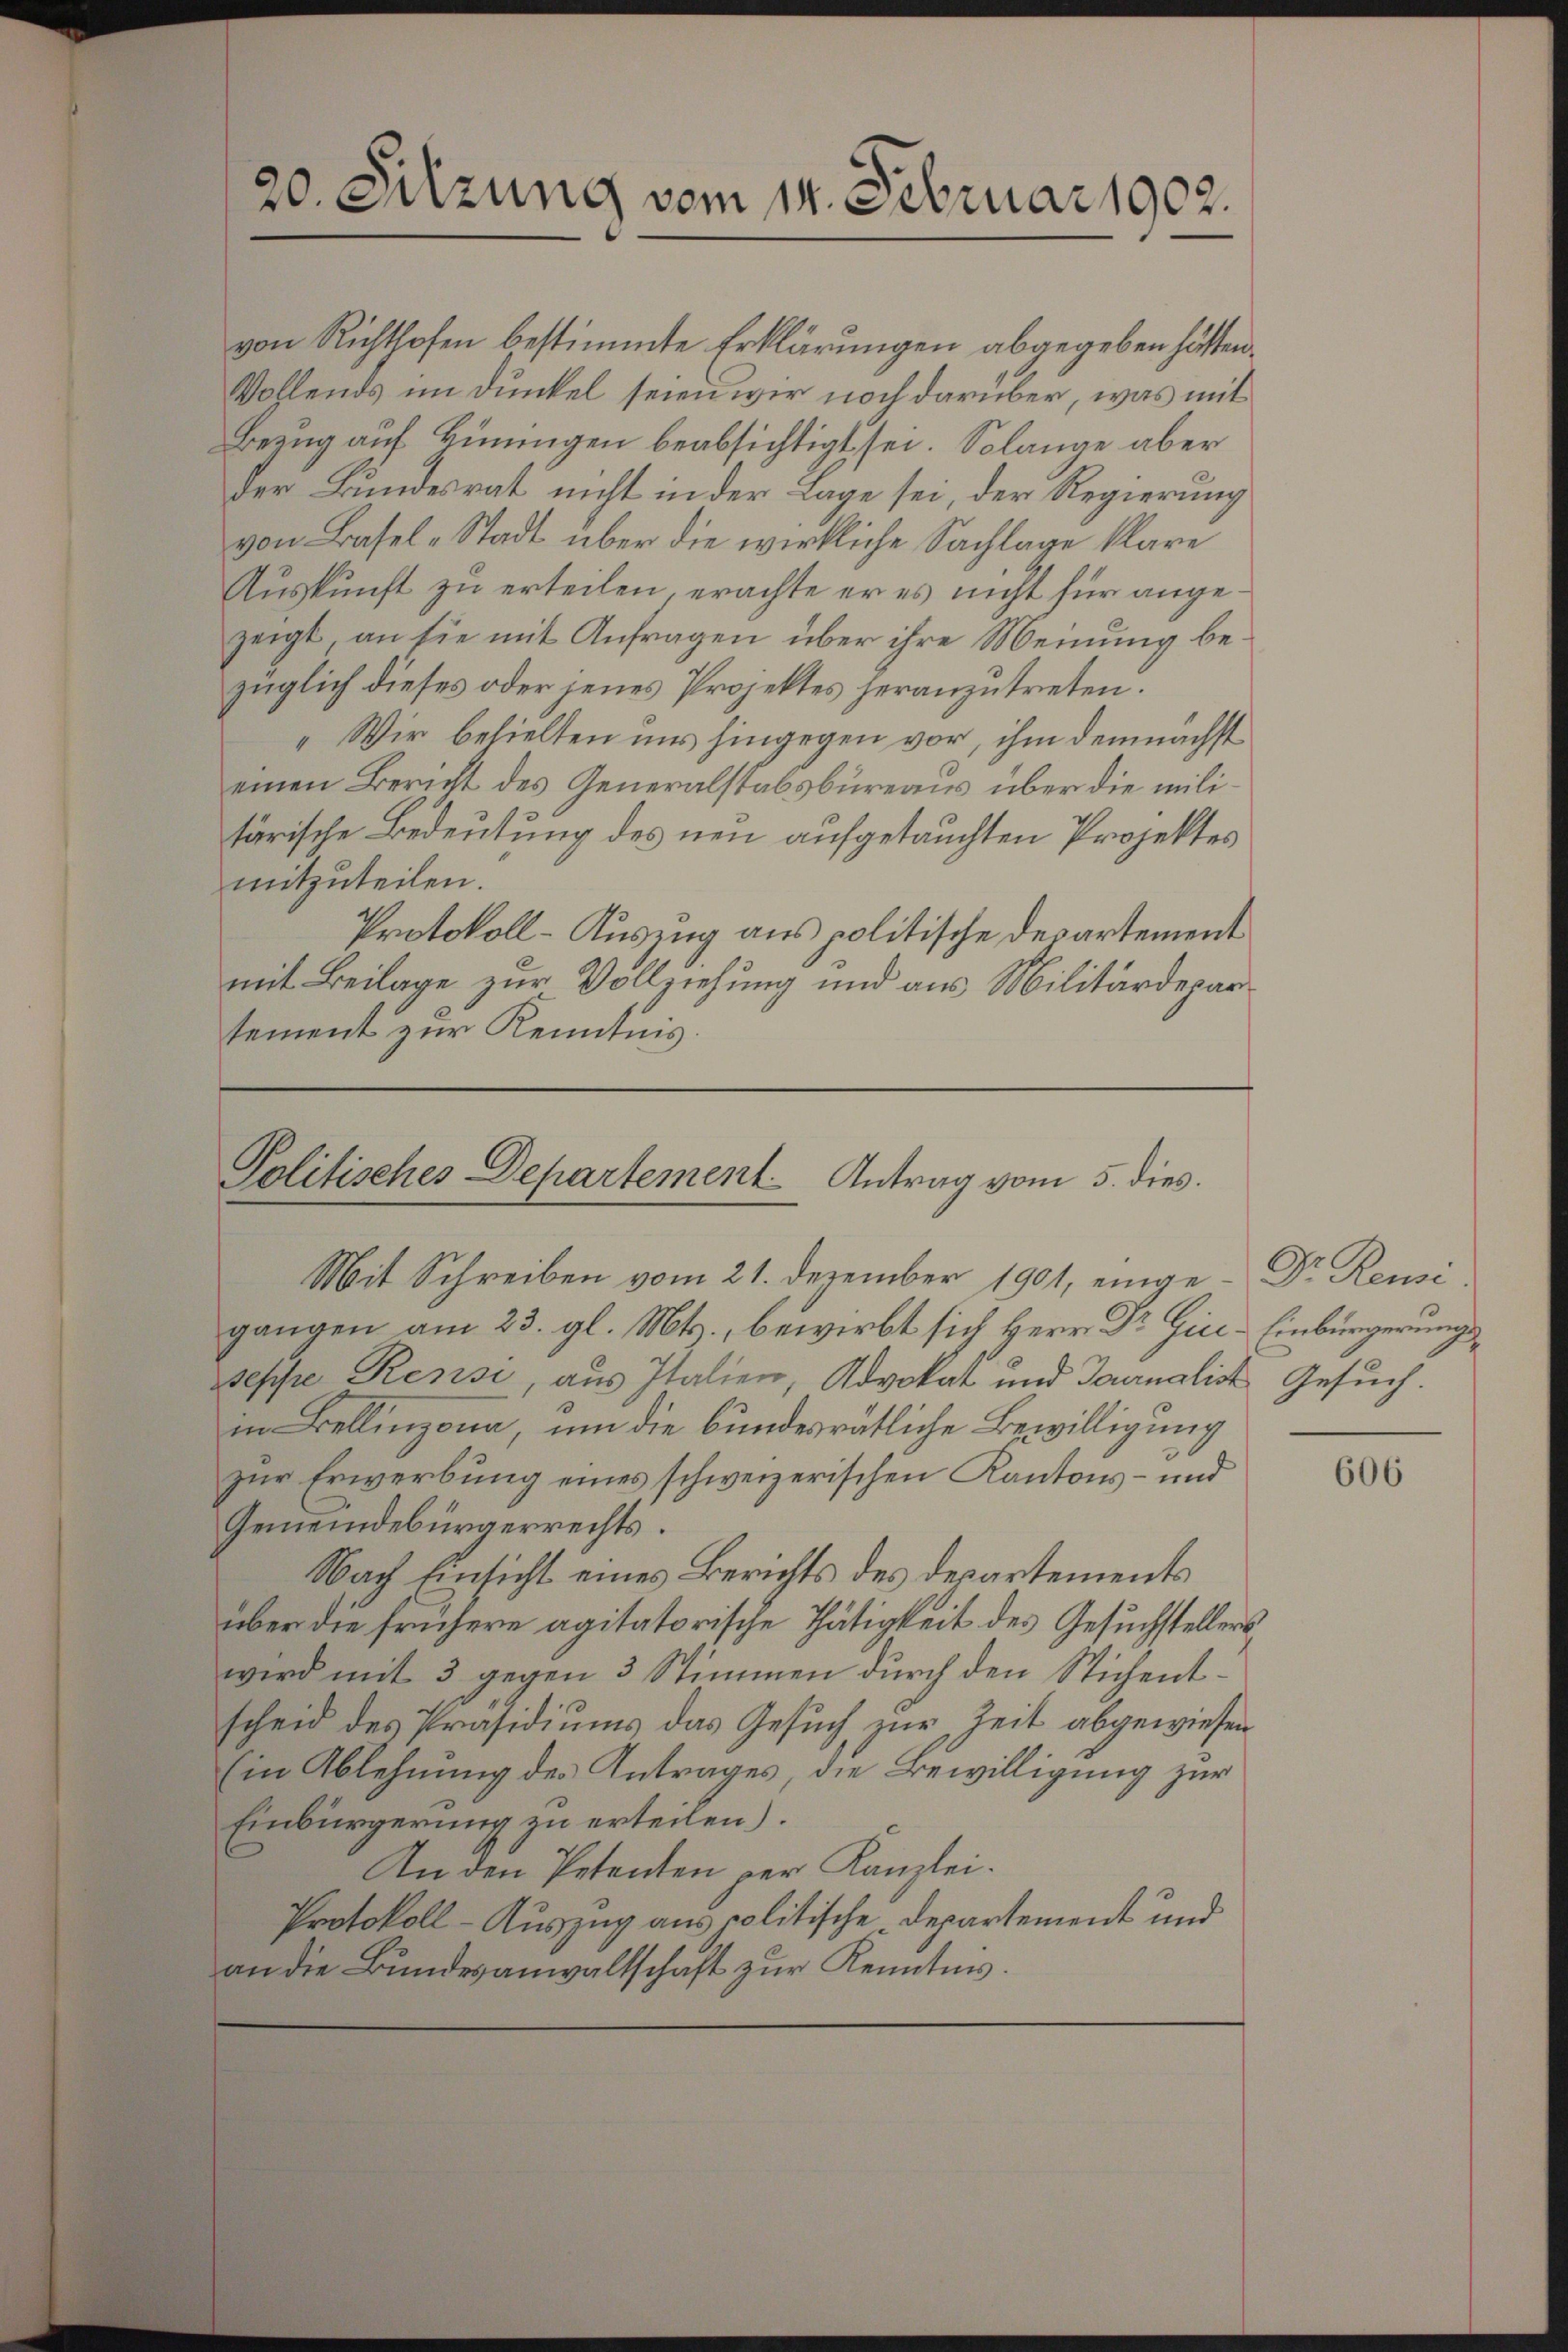
20. Sitzung vom 14. Februar 1902.

Politisches Departement Antrag vom 5. dies

von Richthofen bestimmte Erklärungen abgegeben hätten.
Wohlends im Dunkel seien wir noch darüber, was mit
Bezug auf Hüningen beabsichtigt sei. Solange aber
Der Bundesrat nicht in der Lage sei, der Regierung
von Basel-Stadt über die wirkliche Sachlage klare
Auskunft zu erteilen, erachte er es nicht für angezeigt an sie mit Anfragen über ihre Meinung bezüglich dieses oder jenes Projektes heranzutreten.
„Wir behielten uns hingegen vor, ihm demnächst
einen Bericht des Generalstabsbüreaus über die militärische Bedeutung des neu aufgetauchten Projektes
mitzuteilen.
Protokoll-Auszug aus politische Departement
mit Beilage zur Vollziehung und aus Militärdeparsement zur Kenntnis

Mit Schreiben vom 21. Dezember 1901, einge- Dr. Remi
gangen am 23. gl. Mts., bewirbt sich Herr Dr Giee-Einbürgerung
seppe Resisi, aus Italien, Advokat und Journalist Gesuch.
in Bellinzona, um die bundesrätliche Bewilligung
zur Erwerbung eines schweizerischen Kantons- und
Gemeindebürgerrechts.
Nach Einsicht eines Berichts des Departements
über die frühere agitatorische Thätigkeit des Gesuchstellers
wird mit 3 gegen 3 Stimmen durch den Stichentscheid des Präsidiums das Gesuch zur Zeit abgewiesen
Ein Ablehnung des Antrages, die Bewilligung zur
Einbürgerung zu erteilen).
An den Petenten per Kanzlei.
Protokoll-Auszug aus politische Departement und
an die Bundesanwaltschaft zur Kenntnis.

606